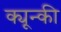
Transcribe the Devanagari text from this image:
क्यून्की